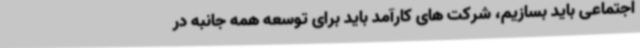
اجتماعی باید بسازیم، شرکت های کارآمد باید برای توسعه همه جانبه در